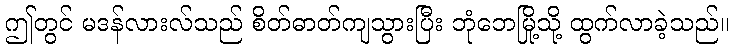
ဤတွင် မဒန်လားလ်သည် စိတ်ဓာတ်ကျသွားပြီး ဘုံဘေမြို့သို့ ထွက်လာခဲ့သည်။